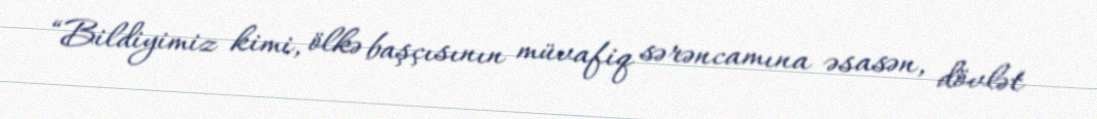
“Bildiyimiz kimi, ölkə başçısının müvafiq sərəncamına əsasən, dövlət